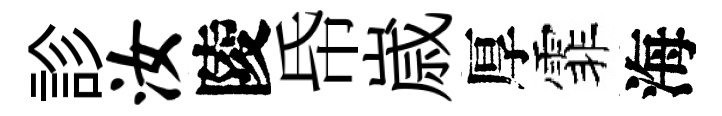
診汝陵帋𡻕厚霏海